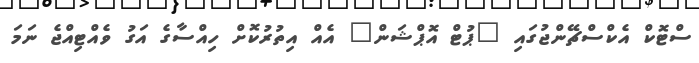
ސްޓޮކް އެކްސްޗޭންޖުގައި "ޕުޓް އޮޕްޝަން" އެއް އިތުރުކޮށް ހިއްސާގެ އަގު ވެއްޓިއްޖެ ނަމަ